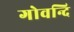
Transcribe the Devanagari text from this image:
गोवन्दि